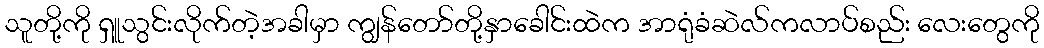
သူတို့ကို ရှူသွင်းလိုက်တဲ့အခါမှာ ကျွန်တော်တို့နှာခေါင်းထဲက အာရုံခံဆဲလ်ကလာပ်စည်း လေးတွေကို